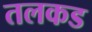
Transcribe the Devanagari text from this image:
तलकड